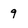
Character: 9